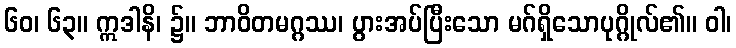
၆၀၊ ၆၃။ ဣဒါနိ၊ ၌။ ဘာဝိတမဂ္ဂဿ၊ ပွားအပ်ပြီးသော မဂ်ရှိသောပုဂ္ဂိုလ်၏။ ဝါ၊